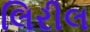
લિરીલ